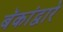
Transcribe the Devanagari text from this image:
बॅकांद्वारे